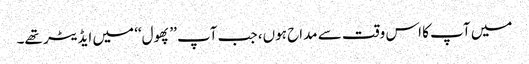
میں آپ کا اس وقت سے مداح ہوں، جب آپ ’’پھول‘‘ میں ایڈیٹر تھے۔